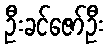
ဦးခင်ဇော်ဦး